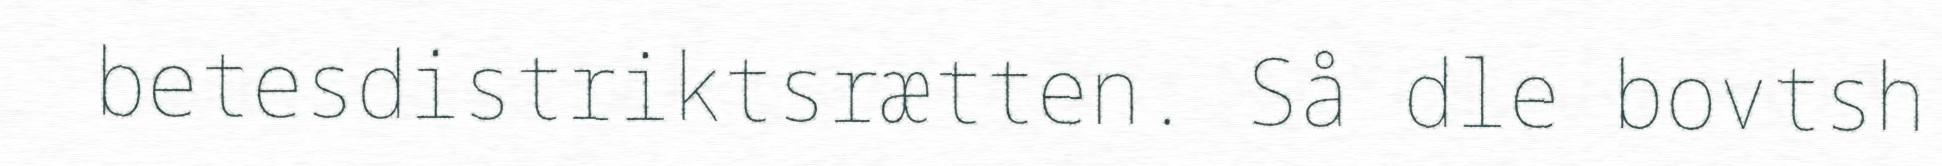
betesdistriktsrætten. Så dle bovtsh